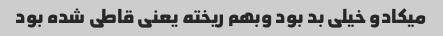
میکادو خیلی بد بود وبهم ریخته یعنی قاطی شده بود